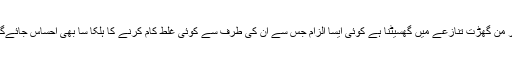
آپ کے سوال نامہ سے ایسا لگتا ہے کہ آپ کا ارادہ ان کو ایک جھوٹے اور من گھڑت تنازعے میں گھسیٹنا ہے کوئی ایسا الزام جس سے ان کی طرف سے کوئی غلط کام کرنے کا ہلکا سا بھی احساس جائے‌گا، وہ نہ صرف جھوٹا بلکہ بدنیتی سے متاثراور بدنام کرنے والا بھی ہوگا۔